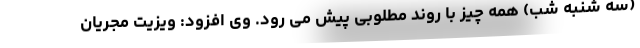
(سه شنبه شب) همه چیز با روند مطلوبی پیش می رود. وی افزود: ویزیت مجریان